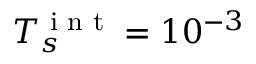
T _ { s } ^ { \textnormal { i n t } } = 1 0 ^ { - 3 }